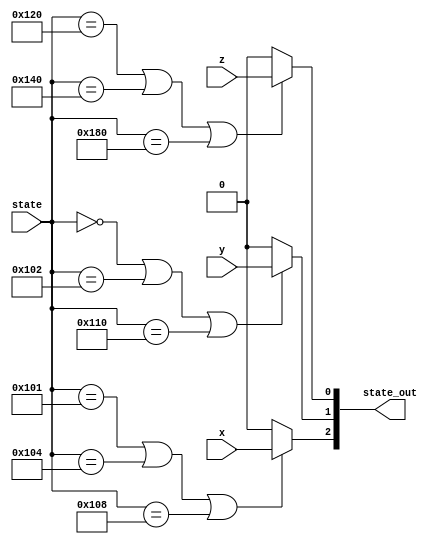
/*******************************************************************************
* Copyright (C) 2018-2022 Intel Corporation
*
* This code and the related documents are Intel copyrighted materials, and
* your use of them is governed by the express license under which they were
* provided to you ("License"). Unless the License provides otherwise, you may
* not use, modify, copy, publish, distribute, disclose or transmit this
* code or the related documents without Intel's prior written permission.
*
* This code and the related documents are provided as is, with no express
* or implied warranties, other than those that are expressly stated in the
* License.
*
*******************************************************************************/

module if_else_new(
	input [8:0] state,
	input x, y, z,
	output [2:0] state_out
);

reg out1, out2, out3;

parameter	s0 = 9'b000000000, s1 = 9'b100000001, s2 = 9'b100000010, s3 = 9'b100000100, s4 = 9'b100001000,
				s5 = 9'b100010000, s6 = 9'b100100000, s7 = 9'b101000000, s8 = 9'b110000000;

always @ * begin
		out1 = 1'b0;
		out2 = 1'b0;
		out3 = 1'b0;	
	if ((state == s1) || (state == s3) || (state == s4))
		out1 = x;
	if ((state == s0) || (state == s2) || (state == s5))
		out2 = y;
	if ((state == s6) || (state == s7) || (state == s8))
		out3 = z;
end

assign state_out = {out1, out2, out3};

endmodule